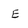
Character: E